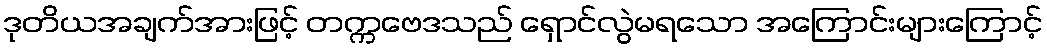
ဒုတိယအချက်အားဖြင့် တက္ကဗေဒသည် ရှောင်လွဲမရသော အကြောင်းများကြောင့်